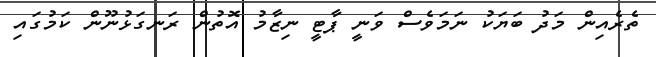
ތެރެއިން މަދު ބަޔަކު ނަމަވެސް ވަނީ ޕާޓީ ނިޒާމު އޮތުން ރަނގަޅުނޫން ކަމުގައި